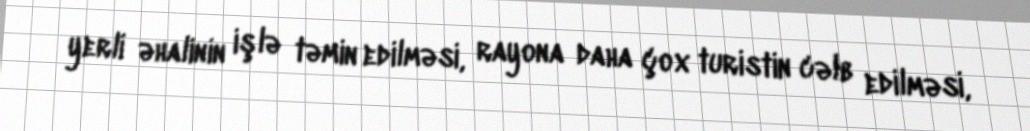
yerli əhalinin işlə təmin edilməsi, rayona daha çox turistin cəlb edilməsi,